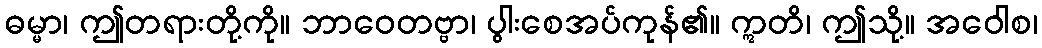
ဓမ္မာ၊ ဤတရားတို့ကို။ ဘာဝေတဗ္ဗာ၊ ပွါးစေအပ်ကုန်၏။ ဣတိ၊ ဤသို့။ အဝေါစ၊